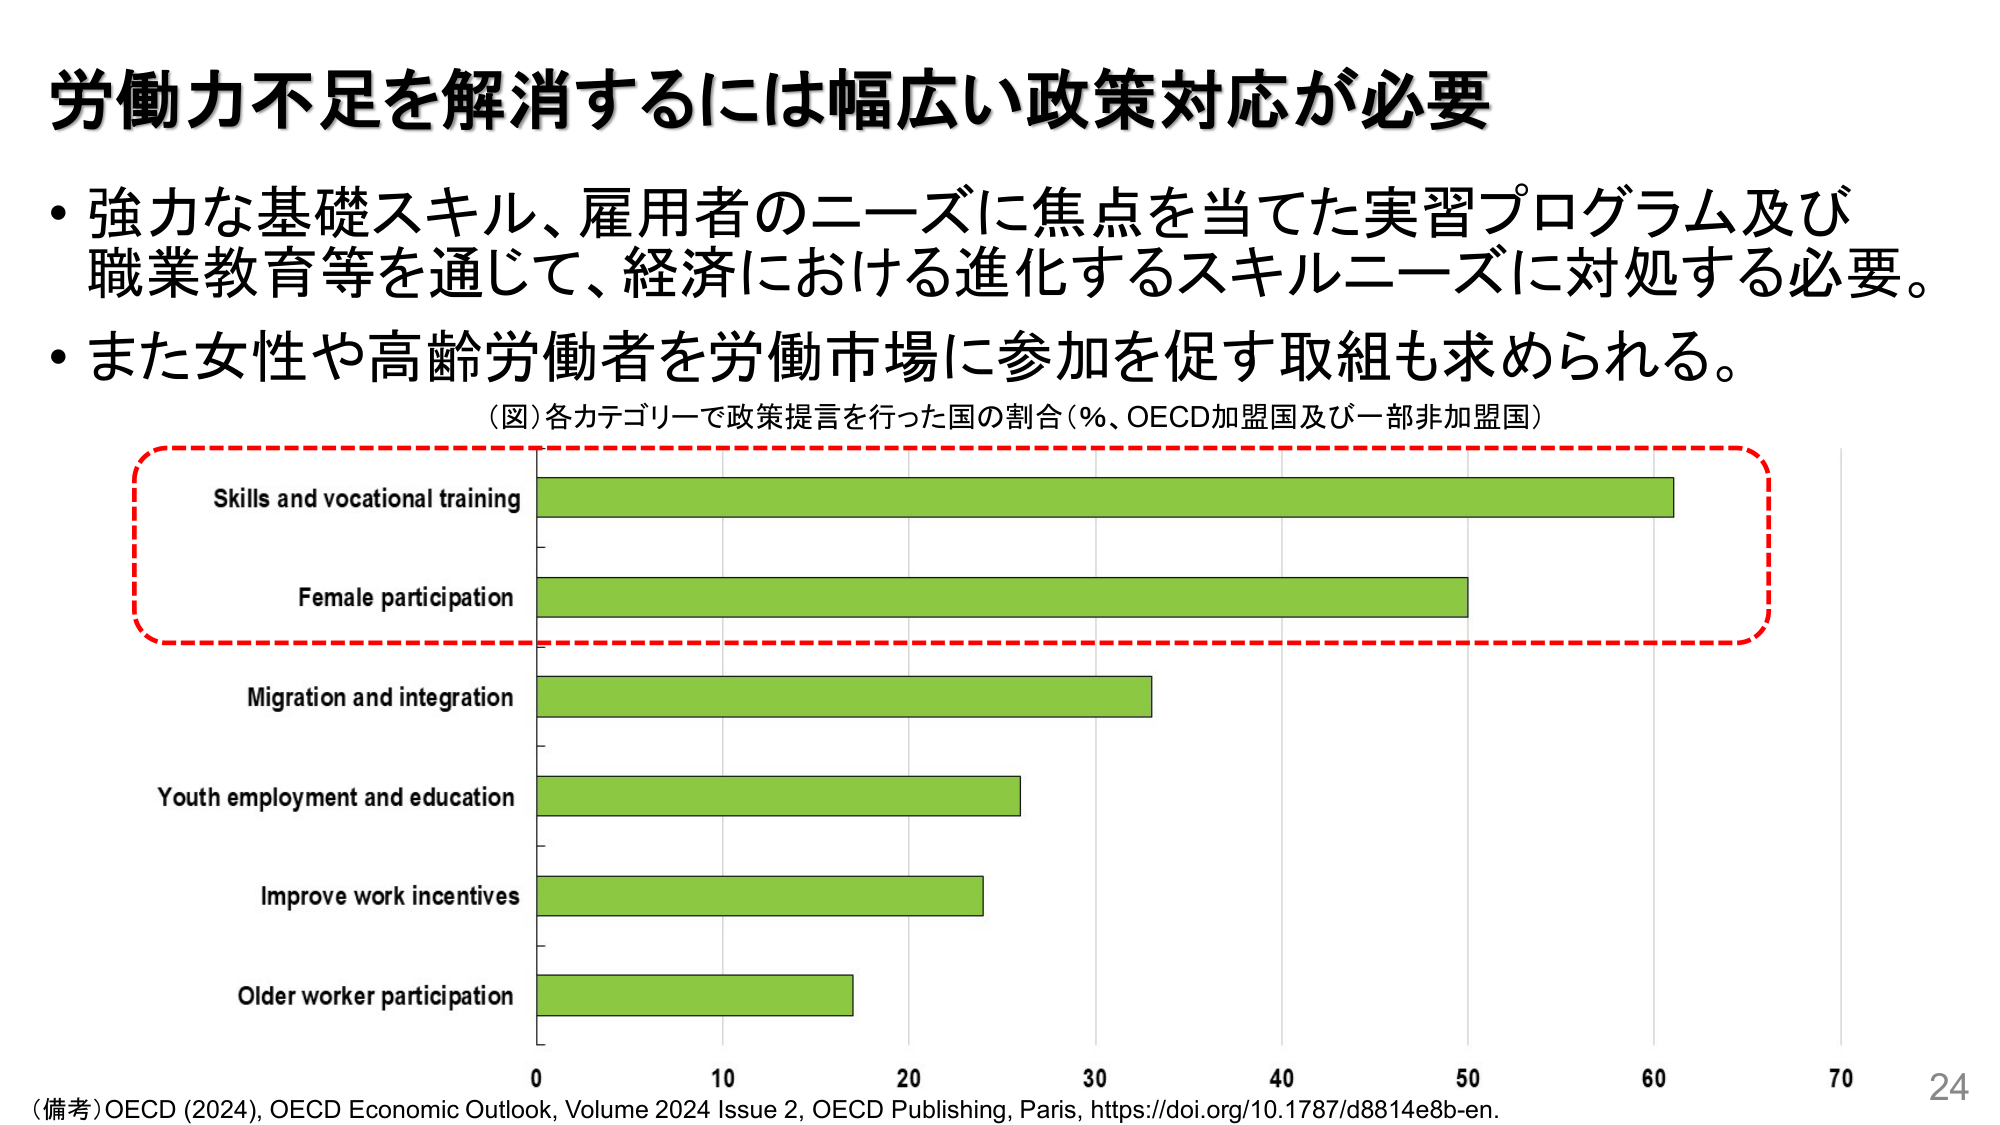
労働力不足を解消するには幅広い政策対応が必要
・強力な基礎スキル、雇用者のニーズに焦点を当てた実習プログラム及び
職業教育等を通じて、経済における進化するスキルニーズに対処する必要。
・また女性や高齢労働者を労働市場に参加を促す取組も求められる。
（図）各カテゴリーで政策提言を行った国の割合（％、OECD加盟国及び一部非加盟国）
Skills and vocational training
Female participation
Migration and integration
Youth employment and education
Improve work incentives
Older worker participation
0 10 20 30 40 50 60 70
（備考）OECD (2024), OECD Economic Outlook, Volume 2024 Issue 2, OECD Publishing, Paris, https://doi.org/10.1787/d8814e8b-en.
24